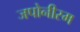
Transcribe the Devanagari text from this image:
जपोनीस्म